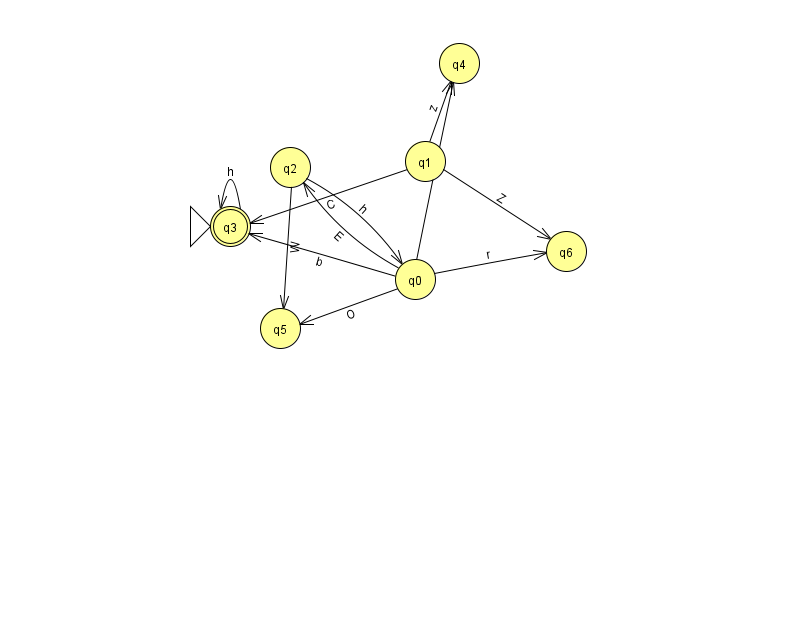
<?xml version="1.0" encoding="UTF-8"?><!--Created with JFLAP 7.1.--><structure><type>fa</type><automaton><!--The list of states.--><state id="0" name="q0"><x>415.0</x><y>266.0</y></state><state id="1" name="q1"><x>425.0</x><y>148.0</y></state><state id="2" name="q2"><x>290.0</x><y>154.0</y></state><state id="3" name="q3"><x>230.0</x><y>213.0</y><initial/><final/></state><state id="4" name="q4"><x>459.0</x><y>50.0</y></state><state id="5" name="q5"><x>280.0</x><y>315.0</y></state><state id="6" name="q6"><x>566.0</x><y>238.0</y></state><!--The list of transitions.--><transition><from>1</from><to>4</to><read>z</read></transition><transition><from>1</from><to>6</to><read>Z</read></transition><transition><from>0</from><to>4</to><read>x</read></transition><transition><from>0</from><to>5</to><read>O</read></transition><transition><from>2</from><to>0</to><read>h</read></transition><transition><from>2</from><to>5</to><read>W</read></transition><transition><from>0</from><to>3</to><read>b</read></transition><transition><from>0</from><to>6</to><read>r</read></transition><transition><from>1</from><to>3</to><read>C</read></transition><transition><from>3</from><to>3</to><read>h</read></transition><transition><from>0</from><to>2</to><read>E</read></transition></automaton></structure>